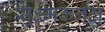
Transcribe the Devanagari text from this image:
सूक्ष्मकर्नल